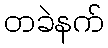
တခဲနက်